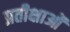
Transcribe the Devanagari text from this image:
प्रतीक्षाओं